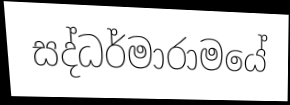
සද්ධර්මාරාමයේ